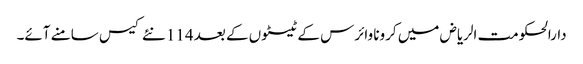
دارالحکومت الریاض میں کرونا وائرس کے ٹیسٹوں کے بعد 114 نئے کیس سامنے آئے۔